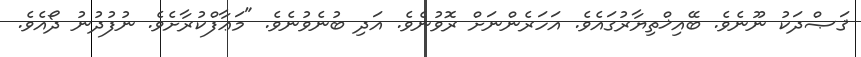
ޤަޞްދަކު ނޫނެވެ. ބޭއިޚްތިޔާރުގައެވެ. އަހަރެންނަށް ރޮވުނެވެ. އަދި ބުނެވުނެވެ. "މަޢާފްކުރާށެވެ. ނުފުދުނު ދޯއެވެ.